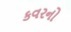
કવરનો